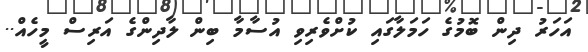
އަހަރު ދިން ބޮމުގެ ހަމަލާގައި ކުށްވެރިވި އުސާމާ ބިން ލާދިންގެ އަރިސް މީހެއް..